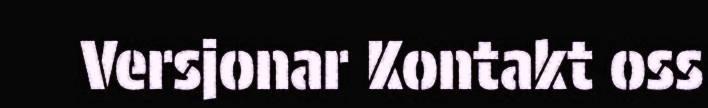
Versjonar Kontakt oss